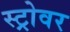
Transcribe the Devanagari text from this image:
स्ट्रोवर